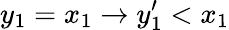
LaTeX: y_{1}=x_{1}\to y_{1}^{\prime}<x_{1}